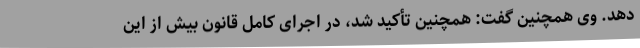
دهد. وی همچنین گفت: همچنین تأکید شد، در اجرای کامل قانون بیش از این